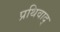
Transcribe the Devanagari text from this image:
प्रथिवाद्